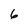
Character: 6